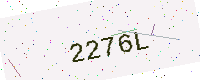
Text: 2276L